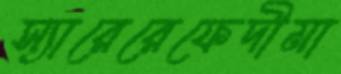
স্যারেরেফেদীমা